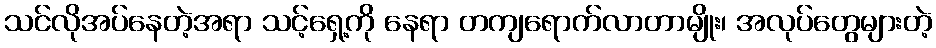
သင်လိုအပ်နေတဲ့အရာ သင့်ရှေ့ကို နေရာ တကျရောက်လာတာမျိုး၊ အလုပ်တွေများတဲ့